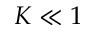
K \ll 1